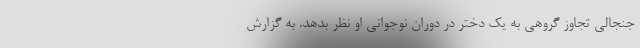
جنجالی تجاوز گروهی به یک دختر در دوران نوجوانی او نظر بدهد. به گزارش